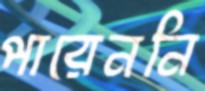
পারেননি